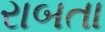
રાબતા